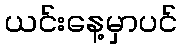
ယင်းနေ့မှာပင်